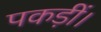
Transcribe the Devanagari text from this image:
पकड़ीं।